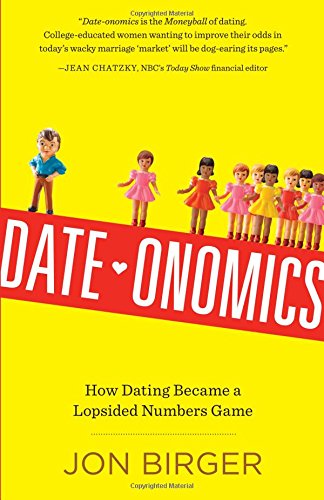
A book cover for Date-onomics: How Dating Became a Lopsided Numbers Game; Jon Birger; Self-Help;